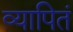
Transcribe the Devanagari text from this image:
व्यापितं